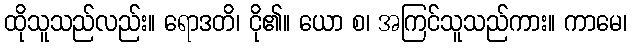
ထိုသူသည်လည်း။ ရောဒတိ၊ ငို၏။ ယော စ၊ အကြင်သူသည်ကား။ ကာမေ၊